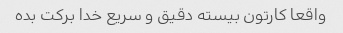
واقعا کارتون بیسته دقیق و سریع خدا برکت بده